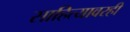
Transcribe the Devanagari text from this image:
साहित्यावरही